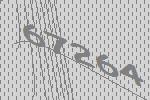
67264